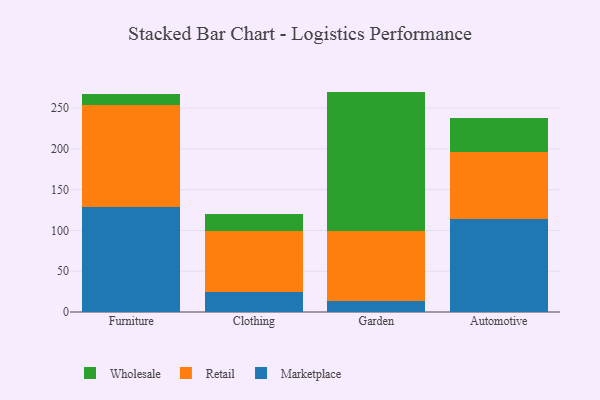
{"axis": {"x": "Category", "y": "Net Income (USD K)"}, "legend": ["Marketplace", "Retail", "Wholesale"], "data": [{"x": "Furniture", "y": 128.3, "type": "Marketplace"}, {"x": "Furniture", "y": 125.1, "type": "Retail"}, {"x": "Furniture", "y": 13.4, "type": "Wholesale"}, {"x": "Clothing", "y": 25.1, "type": "Marketplace"}, {"x": "Clothing", "y": 73.6, "type": "Retail"}, {"x": "Clothing", "y": 22.0, "type": "Wholesale"}, {"x": "Garden", "y": 13.3, "type": "Marketplace"}, {"x": "Garden", "y": 86.1, "type": "Retail"}, {"x": "Garden", "y": 170.8, "type": "Wholesale"}, {"x": "Automotive", "y": 114.2, "type": "Marketplace"}, {"x": "Automotive", "y": 82.5, "type": "Retail"}, {"x": "Automotive", "y": 41.2, "type": "Wholesale"}]}